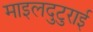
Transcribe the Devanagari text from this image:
माइलदुटुराई